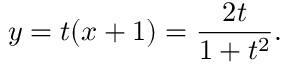
y = t ( x + 1 ) = { \frac { 2 t } { 1 + t ^ { 2 } } } .